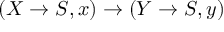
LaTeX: ( X \to S , x ) \to ( Y \to S , y )